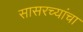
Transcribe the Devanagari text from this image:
सासरच्यांचा